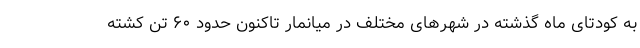
به کودتای ماه گذشته در شهرهای مختلف در میانمار تاکنون حدود ۶۰ تن کشته